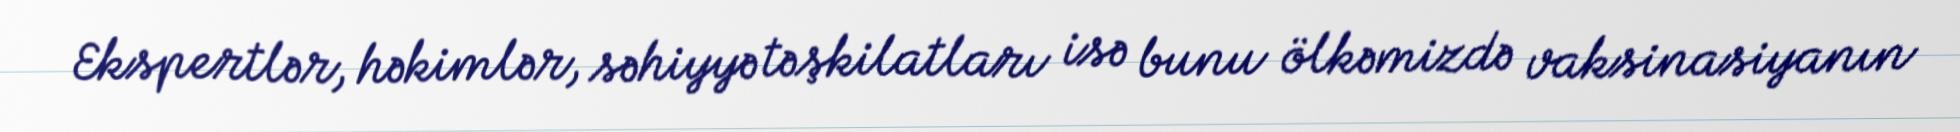
Ekspertlər, həkimlər, səhiyyə təşkilatları isə bunu ölkəmizdə vaksinasiyanın